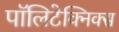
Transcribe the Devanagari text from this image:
पॉलिटेक्निक्स